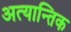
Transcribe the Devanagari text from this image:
अत्यान्तिक